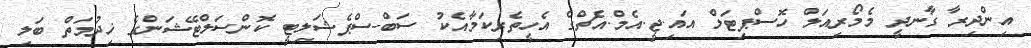
އިންދިރާ ގާނދީ މެމޯރިއަލް ހޮސްޕިޓަލް އައި.ޖީ.އެމް.އެޗްގެ އެހީތެރިކަމާއެކު ސަބް-ސްޕެޝަލިޓީ ކޮންސަލްޓޭޝަންގެ ޚިދުމަތް ބަލި